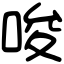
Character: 唆